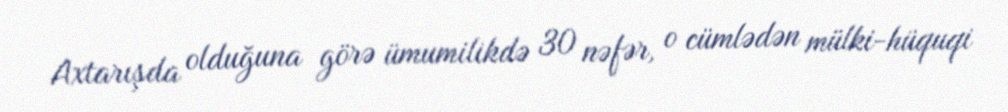
Axtarışda olduğuna görə ümumilikdə 30 nəfər, o cümlədən mülki-hüquqi